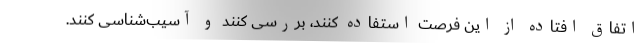
اتفاق افتاده از این فرصت استفاده کنند، بررسی کنند و آسیب‌شناسی کنند.